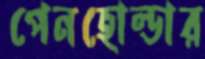
পেনহোল্ডার